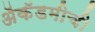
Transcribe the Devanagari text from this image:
ॲकॅडमीची